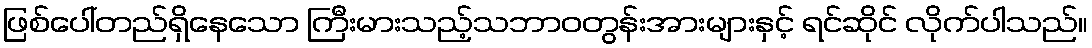
ဖြစ်ပေါ်တည်ရှိနေသော ကြီးမားသည့်သဘာဝတွန်းအားများနှင့် ရင်ဆိုင် လိုက်ပါသည်။